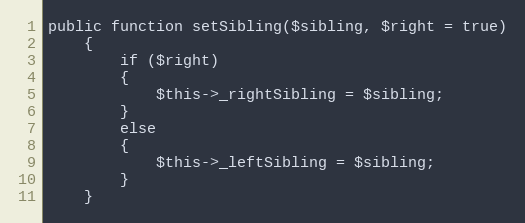
Language: PHP
public function setSibling($sibling, $right = true)
	{
		if ($right)
		{
			$this->_rightSibling = $sibling;
		}
		else
		{
			$this->_leftSibling = $sibling;
		}
	}